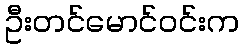
ဦးတင်မောင်ဝင်းက